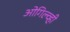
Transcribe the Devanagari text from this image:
ओगिल्व्ही